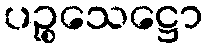
ပဉ္စသေဋ္ဌော